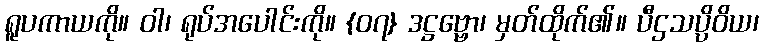
ရူပကာယကို။ ဝါ၊ ရုပ်အပေါင်းကို။ {၀၇} ဒဋ္ဌဗ္ဗော၊ မှတ်ထိုက်၏။ ပီဌသပ္ပိဝိယ၊